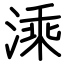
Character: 溗